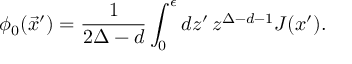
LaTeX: \phi _ { 0 } ( \vec { x } ^ { \prime } ) = \frac { 1 } { 2 \Delta - d } \int _ { 0 } ^ { \epsilon } d z ^ { \prime } \, { z } ^ { \Delta - d - 1 } J ( x ^ { \prime } ) .